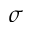
\sigma